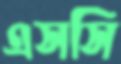
এসসি